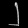
Digit: ၂